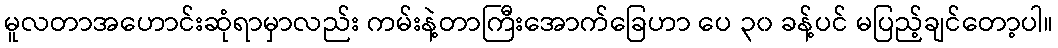
မူလတာအဟောင်းဆုံရာမှာလည်း ကမ်းနဲ့တာကြီးအောက်ခြေဟာ ပေ ၃၀ ခန့်ပင် မပြည့်ချင်တော့ပါ။